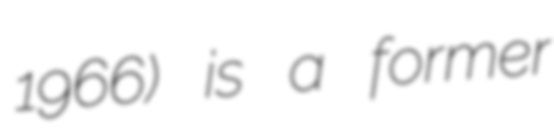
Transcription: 1966) is a former